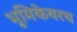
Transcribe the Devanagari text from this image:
भूमिकेवरच